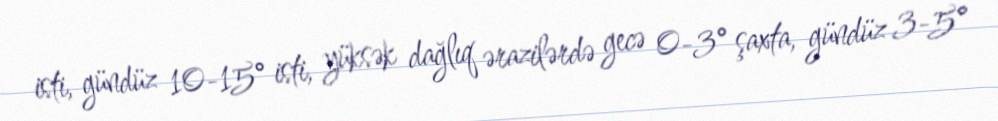
isti, gündüz 10-15° isti, yüksək dağlıq ərazilərdə gecə 0-3° şaxta, gündüz 3-5°